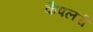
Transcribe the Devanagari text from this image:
कैपलरी